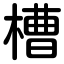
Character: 槽